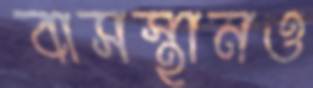
বাসস্থানও